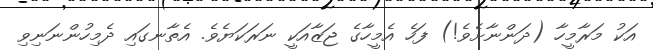
އަކު މަރާމީހާ (ދަންނާށެވެ!) ފަހެ އެމީހާގެ ޖަޒާއަކީ ނަރަކަޔެވެ. އެތާނގައި ދެމިހުންނަނިވި